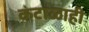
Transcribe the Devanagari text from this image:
कंटाळाही